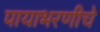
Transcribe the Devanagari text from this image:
पायाभरणीचे